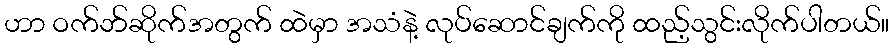
ဟာ ဝက်ဘ်ဆိုက်အတွက် ထဲမှာ အသံနဲ့ လုပ်ဆောင်ချက်ကို ထည့်သွင်းလိုက်ပါတယ်။